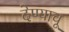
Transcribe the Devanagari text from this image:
देण्याचू